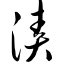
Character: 债